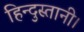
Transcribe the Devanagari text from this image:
हिन्दुस्तानी।